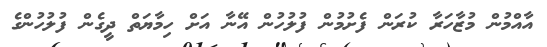
އާއްމުން މުޒާހަރާ ކުރަން ފެށުމުން ފުލުހުން އޭނާ އަށް ހިމާޔަތް ދީގެން ފުލުހުންގެ